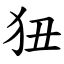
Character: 狃